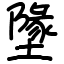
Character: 墬